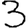
Digit: 3